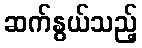
ဆက်နွယ်သည့်